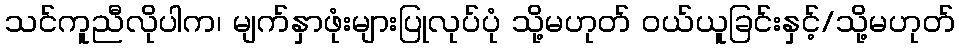
သင်ကူညီလိုပါက၊ မျက်နှာဖုံးများပြုလုပ်ပုံ သို့မဟုတ် ဝယ်ယူခြင်းနှင့်/သို့မဟုတ်